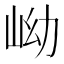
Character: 岰